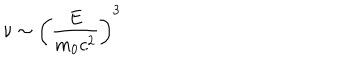
\nu \sim \left( \frac { E } { m _ { 0 } c ^ { 2 } } \right) ^ { 3 }